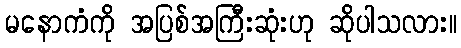
မနောကံကို အပြစ်အကြီးဆုံးဟု ဆိုပါသလား။